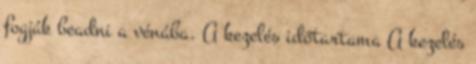
fogják beadni a vénába. A kezelés időtartama A kezelés